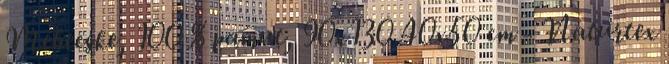
Méhecske, 100 % pamut, 90x130 40x50 cm - Naturtex